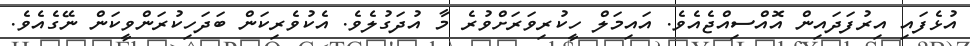
އުޅެފައި އިރުފަދައިން އޮއްސިއްޖެއެވެ. އައިމަލް ހީކުރިވަރަށްވުރެ މާ އުދަގުލެވެ. އެކުވެރިކަން ބަދަހިކުރަންވީކަން ނޭގެއެވެ.